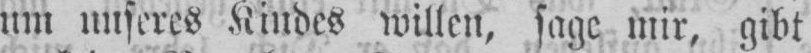
um unseres Kindes willen, sage mir, gibt